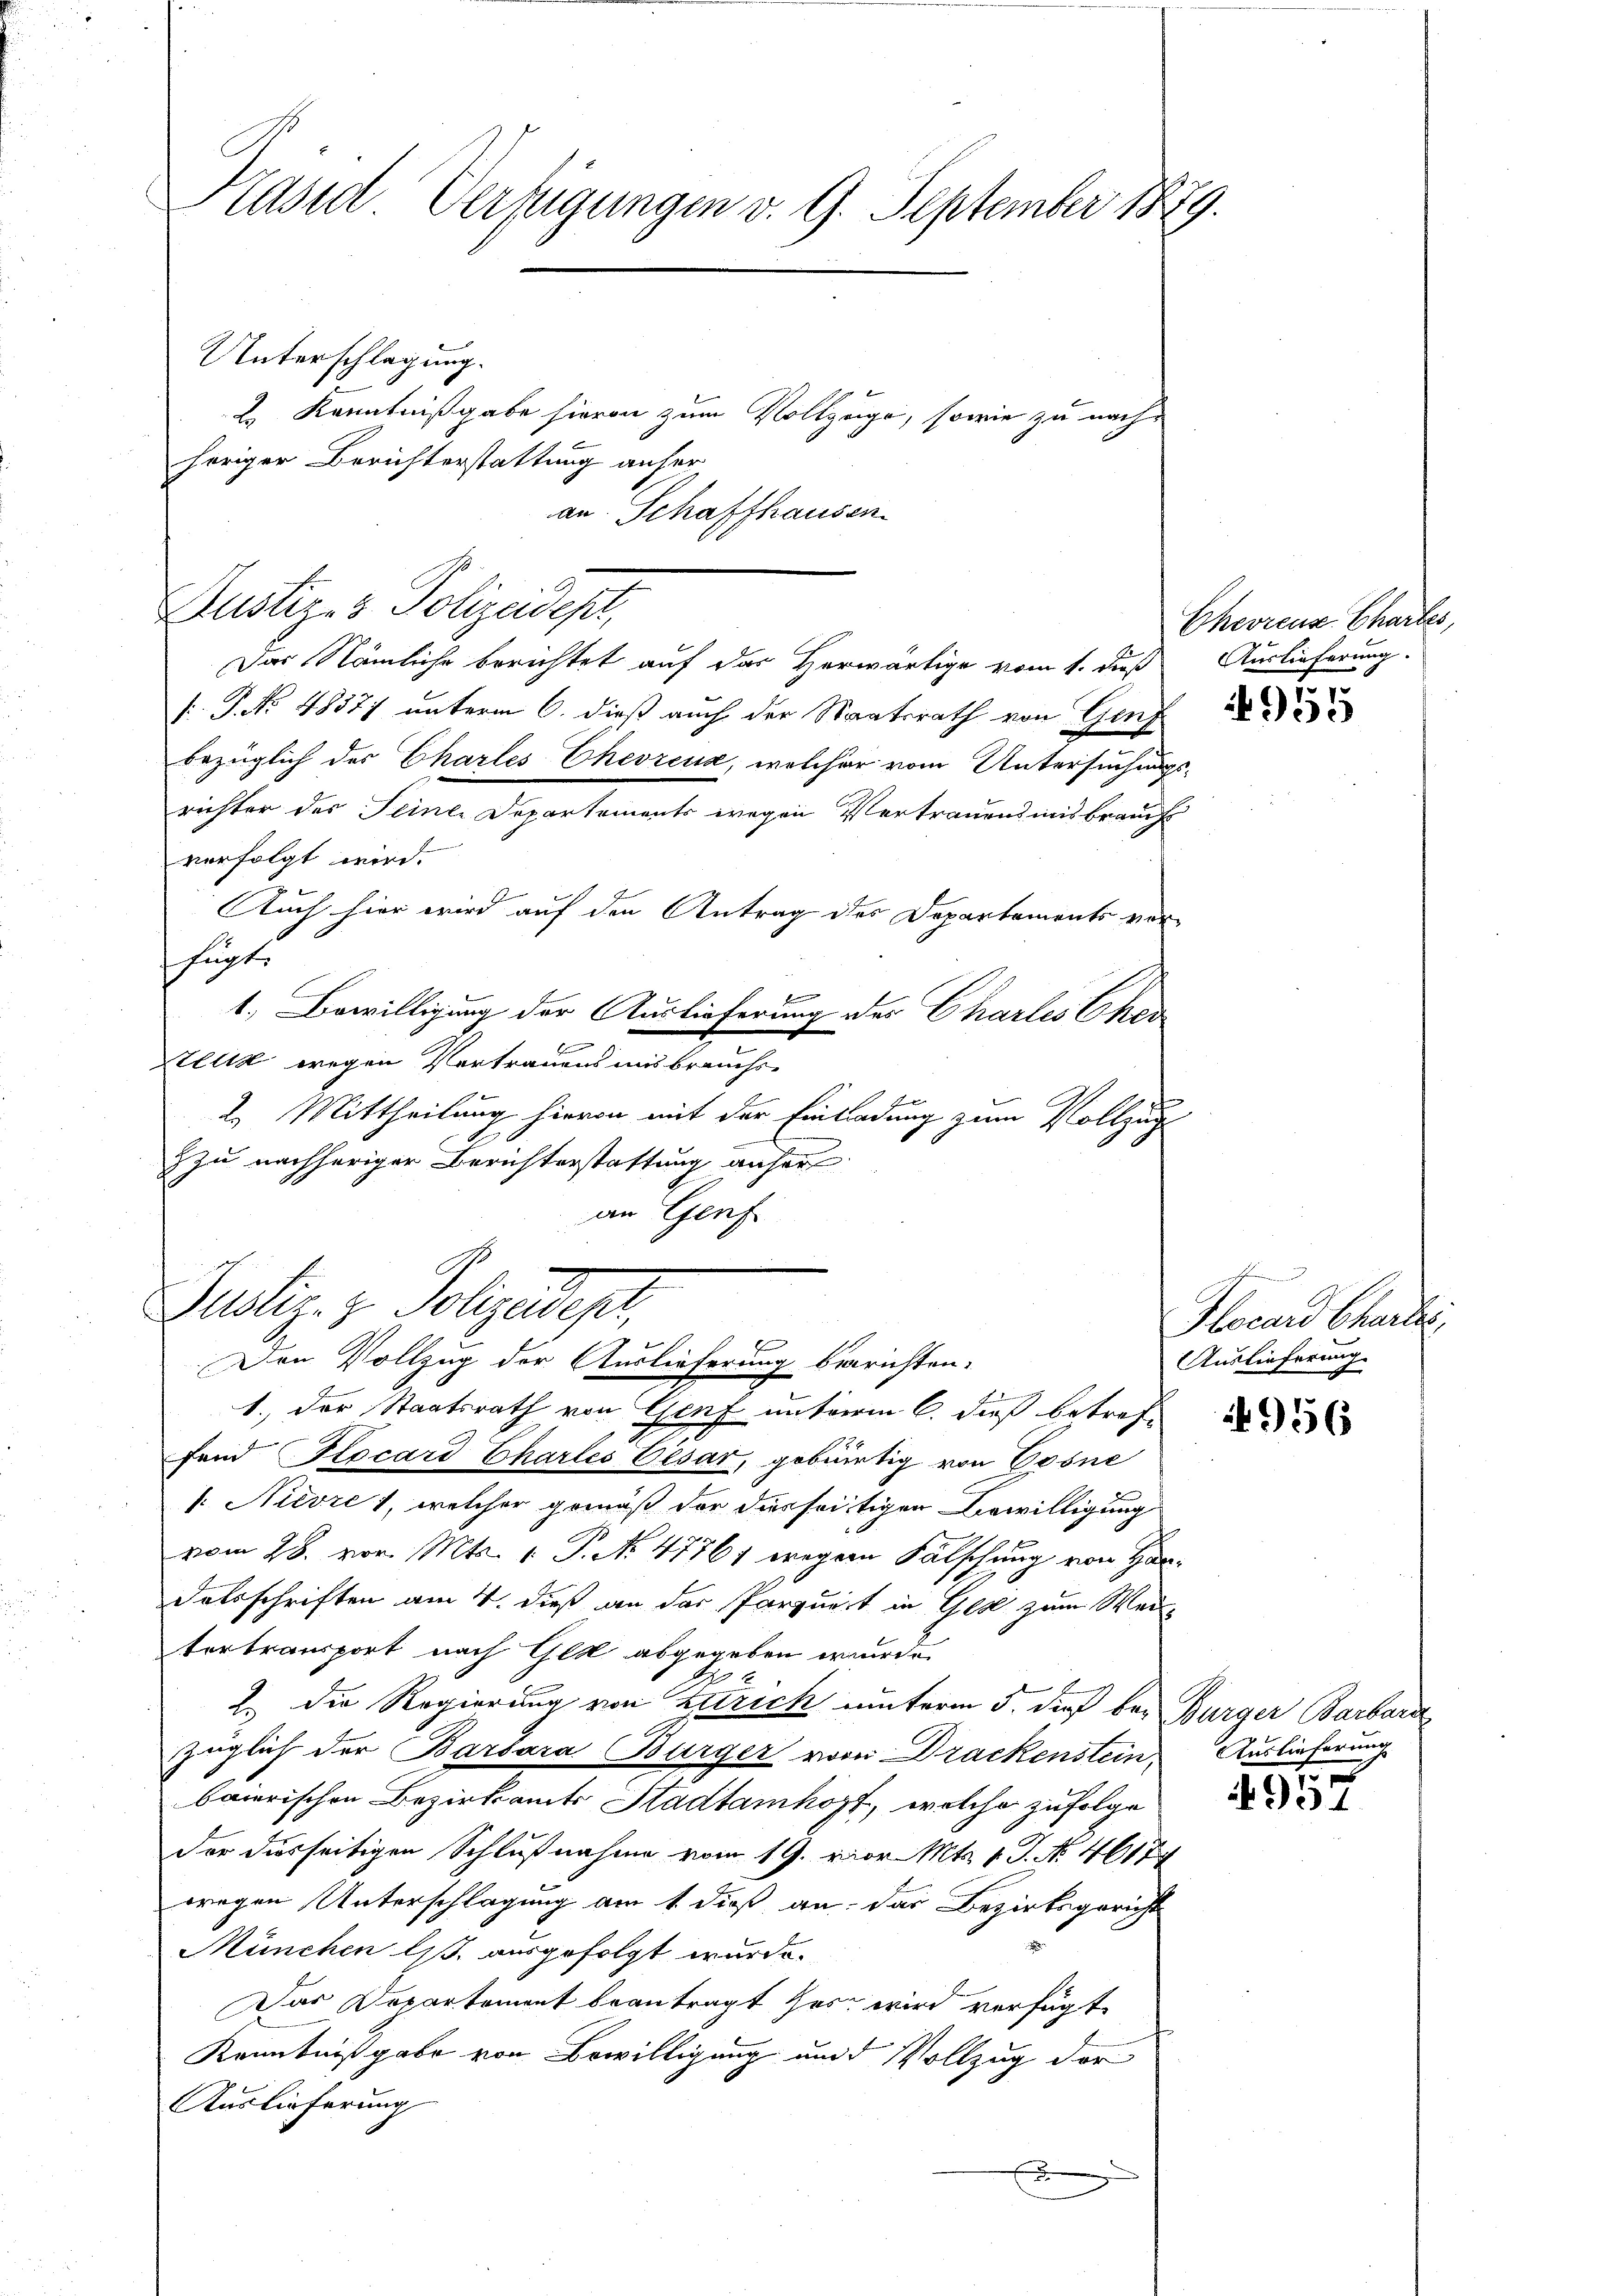
Kased Verfügungen v. 9. September 1879.

Unterschlagung.
2. Kenntnißgabe hievon zum Vollzuge, sowie zu nach
höriger Berichterstattung anfer
an. Schaffhausen
Justiz- & Polizeidest,
Das Nämliche berichtet auf das Horwärtige vom 1. Fuß
[ P. No. 4837; unterm 6. dieß auch der Staatsrath von Gen
bezüglich der Chartes Chevreux, welcher vom Untersuchen
richter des Teinte Departements wegen Vertrauensmisbrauc
verfolgt wird.
Auch hier wird auf den Antrag des Departements ve
fugte
F
1. Bewilligung der Auslieferung des Charles Ehe
.
Hlik wegen Vertrauens uns brauchs-
2. Mittheilung hievon mit der Einladung zum Vollzu
zzu nachheriger Berichterstattung anher
an Genf
Justiz- & Polizeidepr
4
Den Vollzug der Auslieferung berichten.
1. der Staatsrath von Genf unterm 6. dieß betreffand (Rocard Chartes Cesar, gebürtig von Cosne
/. Nievre 1, welcher gemäß der diesseitigen Bewilligung
vom 28. vor. Mts. v. P. No 47761 wegen Fälschung von H
Dalsschriften am 4. dieß an der Parquert in Gez zum We
tertransport nach Gek abgegeben wurde.
2. Die Regierung von Zürich unterm 5. dieß bezüglich der Barbara Bürger vom Drackenstein
baierischen Bezirksamts Stadtamhozt, welche zufolge
der diesseitigen Schlußnahme vom 19. vor. Mts. 1. J. N. 4617
wegen Unterschlagung am 1. dieß an das Bezirksgeric
München liß. ausgefolgt wurde.
Das Departement beantragt hat, wird verfügt
Kenntnißgabe von Bewilligung und Vollzug der
Auslieferung

Cheorens Chartes,
Auslieferung.

4 f 2
f

955

ah
Flocard Charte
Auslieferung

2956

Burger Barbara
Auslieferung

951